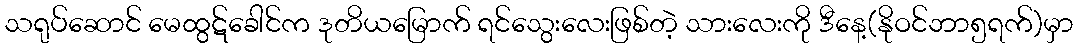
သရုပ်ဆောင် မေထွဋ်ခေါင်က ဒုတိယမြောက် ရင်သွေးလေးဖြစ်တဲ့ သားလေးကို ဒီနေ့(နိုဝင်ဘာ၅ရက်)မှာ